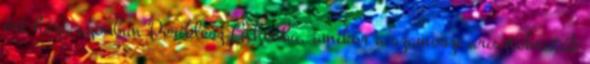
ért haza azonban Periklész Athénba, amikor a szamoszi arisztokraták